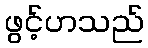
ဖွင့်ဟသည်